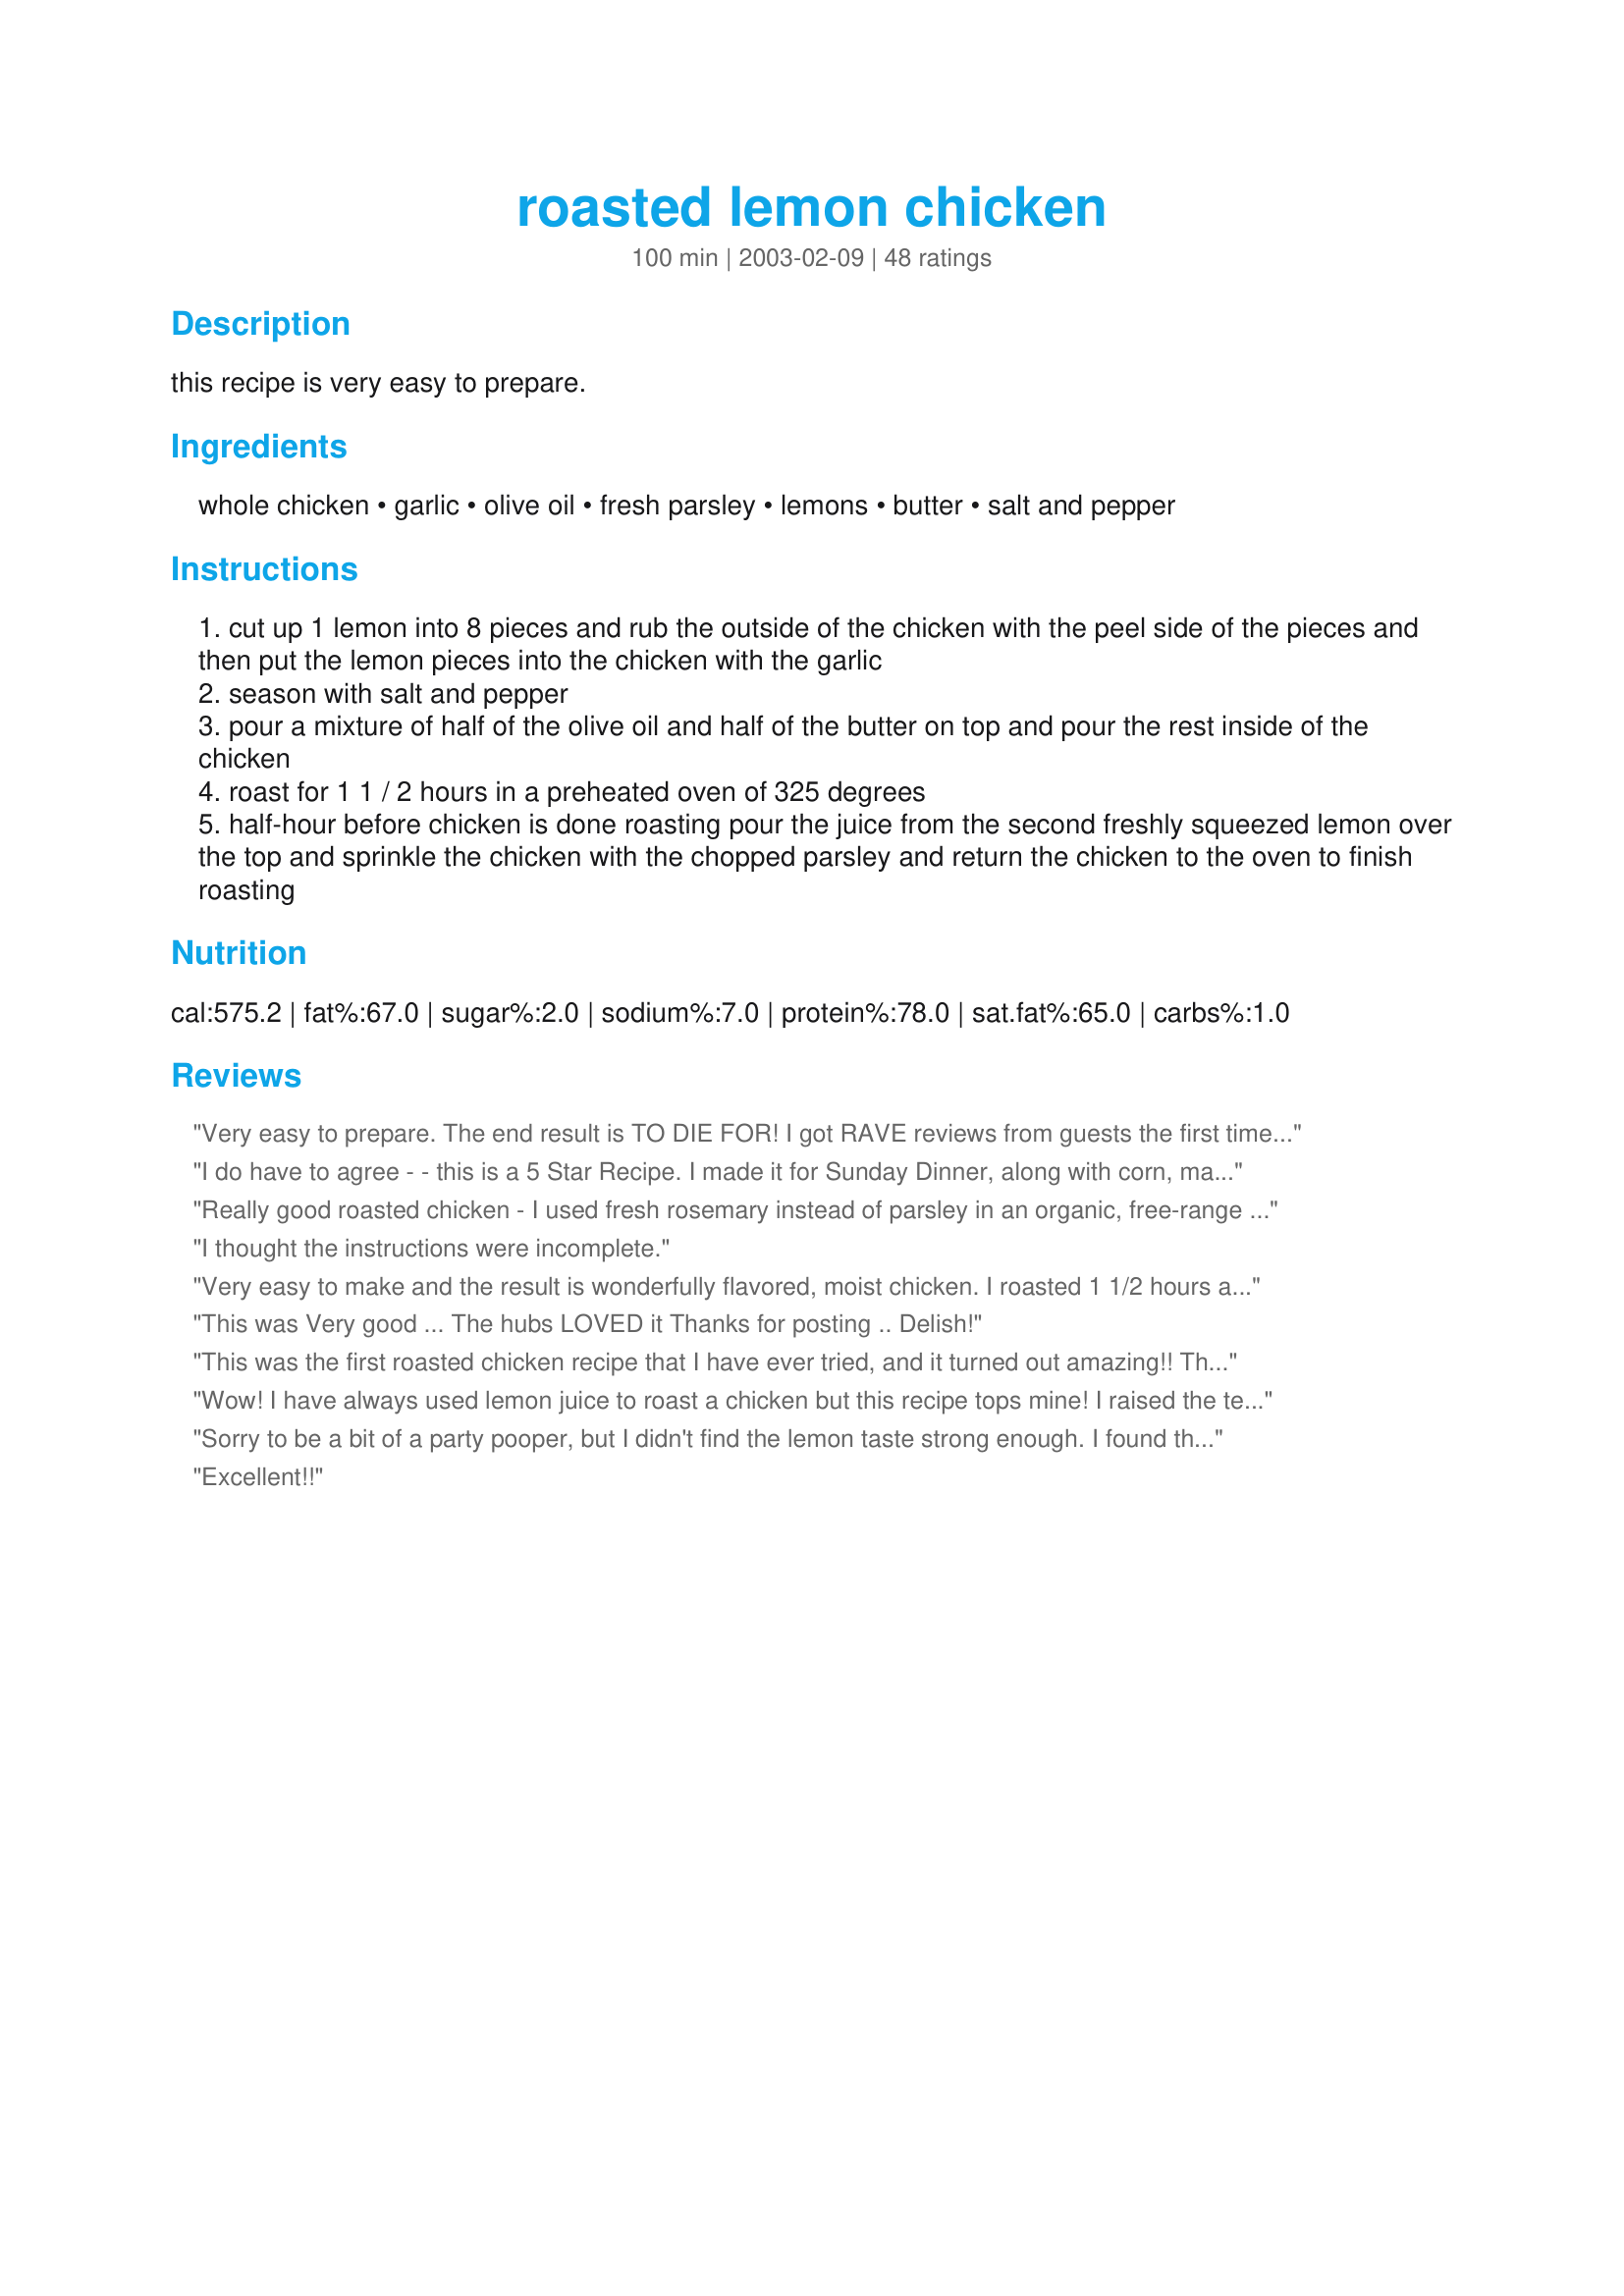
roasted lemon chicken
Preparation time: 100 minutes

this recipe is very easy to prepare.

Ingredients:
whole chicken, garlic, olive oil, fresh parsley, lemons, butter, salt and pepper

Steps:
cut up 1 lemon into 8 pieces and rub the outside of the chicken with the peel side of the pieces and then put the lemon pieces into the chicken with the garlic
season with salt and pepper
pour a mixture of half of the olive oil and half of the butter on top and pour the rest inside of the chicken
roast for 1 1 / 2 hours in a preheated oven of 325 degrees
half-hour before chicken is done roasting pour the juice from the second freshly squeezed lemon over the top and sprinkle the chicken with the chopped parsley and return the chicken to the oven to finish roasting

Reviews:
Very easy to prepare. The end result is TO DIE FOR! I got RAVE reviews from guests the first time I prepared this dish! This is to be a new favorite in my home! Thank you for sharing!
I do have to agree - - this is a 5 Star Recipe. I made it for Sunday Dinner, along with corn, mashed potatoes and gravy, which I used the drippings for the chicken. A hit with the whole family.
Really good roasted chicken - I used fresh rosemary instead of parsley in an organic, free-range chicken. I tucked the rosemary, butter and lemon under the skin as well as in the cavity - yums!
I thought the instructions were incomplete.
Very easy to make and the result is wonderfully flavored, moist chicken. I roasted 1 1/2 hours at 350º and it came out perfect. There were no leftovers :) I made as posted and wouldn't hesitate to make for company. Thanks for posting!
This was Very good ... The hubs LOVED it
Thanks for posting .. Delish!
This was the first roasted chicken recipe that I have ever tried, and it turned out amazing!! The flavors go so well together!!! We will be making this again over the holidays. Thanks for the great recipe!
Wow! I have always used lemon juice to roast a chicken but this recipe tops mine! I raised the temp of oven to 350*.We are high altitude and I also sprinkled paprika on the bird before cooking the last 1/2 hour. I didn't have chopped parsley. I used white pepper! This is a keeper!
Sorry to be a bit of a party pooper, but I didn't find the lemon taste strong enough. I found this recipe to be a bit of a disappointment.
Excellent!!
Oh yum! I love lemon pepper chicken! The skin is fantastic, I always use a meat thermometer and cook chicken until just done and not over. This is a definate keeper for roasted lemon pepper chicken! I think I will saute some garlic in the oil and butter to slather on top, yum! Thanks for a good recipe.
what more can i say then AMAZING!! and that it is with some things i added that i HIGHLY recommend...have the chicken cut up, and add some peprika and cut up russle potatoes. I also added more garlic (im a gaarlic LOVER!!!) the only change i made was instead of 1 1/2 hrs just an hour and instead of 325, 350. ENJOY
Another first time chicken roaster here and this was a beautifully simple recipe that my whole family loved. What an economical way to have a nice meal. I picked the extra meat off the bone and now have enough meat for another meal. Thank you!
This was simply wunnerful!!! Very easy to make! I pretty much stuck to mommyof2's recipe, except I put the salt and olive oil, leftover butter into the chicken cavity before I put the lemons there. I also used Kosher salt, cuz that's what I had on hand.

Baked at 350 for almost two hours in my Pampered Chef clay roaster set. (I'm in high altitude, so had to adjust.) It was so moist, just enough lemon to set a good taste. Thanks for sharing the recipe. A keeper in our home for sure!!! :-) -Monie
Excellent chicken recipe. I had to cook my chicken longer. This was very juicy and tasteful. Wonderful recipe.
This chicken came out awsome! Although, I used chicken peices, legs and thighs, which made the cooking time decrease; it tasted great and was easy to cook! Thanks
I guess I'm becoming a fuss-budget. That chicken looks like it has paprika or something similar sprinkled on it. Nothing about that in the recipe...
I made this chicken with recipe #26389 and recipe #228720. My meal was perfect, I did add a little paprika on the top of the chicken. Great recipe.
Very Good, and easy to make! Thanks
Wonderful! We all loved this chicken recipe. It was a change from our usual way I make chicken. The lemon flavor isn't that strong and that was perfect with us. I really was hoping for a very light lemon flavor and that what I got! This was very easy to put together, thanks for posting this one!
YUM! I made this according to the directions but used a little less butter and garlic and it was ausome! I didn't know if you the so I just smashed the cloves to get the peels off and stuck them in whole. It was juicy and yummy. I made garlic mashed potatoes to go with it.
Thank you my family loved it!

Awesome chicken! Cooks perfectly, cripsy on the outside and moist inside. I love that it takes no advance prep and is made from ingredients always on hand. Easy and beautiful. I'll definitely make this again. Thanks for sharing the recipe!
This photo is not a whole chicken as the recipe calls for. It is a spatchcock chicken and it has paprika or the like on it. This photo has nothing to do with this recipe.
Made this for dinner tonight and I just had to come write a review. Not only is it easy, but the flavor of the chicken is great too. My DH liked the garlic in the chicken and my picky kid asked for a second helping. Thanks so much.
Perfect- and easy. Your directions were right on. Love this chicken!!!
I have to say THANK YOU! Really great and worth it. My husband said it was the best chicken I'd made in a long time (kinda a backhanded compliment) and my kids who usually need mayo or catsup for their chicken, went without. I did use the old trick of cooking the chickens on their backs for the first half of the cooking time and then flipping the breast up for the rest -- it always makes fowl that much juicier for me.
I have made this twice now in the past week. It's quick and easy and the flavour is outstanding! The pan juices make a wonderful gravy with a bit of a citrus tang to it. The second time I made this was for Easter Dinner. We had a 10 pound chicken so had to adjust amounts and times. We also had to cook it on the BBQ. We placed quartered potatoes on the bottom of the pan to prevent the chicken from sticking to the pan or burning. It cooked about 4 hours on the BBQ. The starch from the potatoes had thickened the pan juices into a gravy. Everyone raved about both the bird and the resulting gravy. Thanks mommyof2. I will be making this again very soon!
This Roasted chicken was absolutely delicious!!! I had a chicken that was close to 5 lbs. so cooked for two hours. The lemon made the chicken so tender and flavorful. This is my new way of making Roasted Chicken.....Thanks mommyof 3
Excellent and so moist. I did two 3lb chickens and used the leftover meat and juices in a chicken pot pie the next day.
MOMMYOF2, this was the best lemon chicken i have taste, i'm a mother of 5 and my chicken and fiance love this chicken, i will defintely make it again.
One word--wow!!
Wonderful Lemon Chicken! I used a 7 pound chicken and adjusted the cooking time appropriately. Even with the larger chicken, I used the amounts given for the remainder of the ingredients. I will use only one lemon next time, as I believe this will be plenty lemon flavor for us. Thanks so much, mommyof 3!
This was sooooo very good and easy. I accedently used 3 lemons (i cut up two lemons and stuffed them in the chicken instead of one leaving with no othr choice but to use an extra lemon for the juice ) but it still turned out amazing acutaly i think i will use three again next time. And i used the juice from the chicken to make a gravy......... IT was scrumtous. This is my new comfort food!!!
Easy, tender and great flavor. I thickened the drippings with some butter and corn starch and it made a nice flavor gravy
If I could give it more stars I would, even my son the picky eater loved it! Very moist, great taste and easy. Could not find a 3 pd chicken so I just followed the roasting directions in my cookbook. Incredble :)
Made it for supper tonight and it was great, loved the lemon flavour. As suggested on a television cooking show, I started cooking the chicken at 440 degrees for the first 20 minutes then brought the temperature down to 350 and cooked it for the remaining time, uncovering the chicken for the last 10 minutes. As we had leftover mashed potatoes from our Canadian Thanksgiving I wasn't able to roast potatoes with this meal but will next time for sure. Thanks for the recipe.
Amazing!
I doubled the recipe so we'd have leftovers. Was good but some of it was too lemony and mom-in-law didn't oooo and ahhhhh like I was hoping. Maybe because it was a little over-cooked since the chickens were over 3 lbs. and I overcompensated on the cooking time. I don't think she liked all the lemon either. I also used rosemary along with the parsley, probably won't use rosemary next time. However, we enjoyed the leftovers and will probably use the recipe again but cut down on the lemon. Was juicy and the kids liked it!
This was delicious. It tasted like real lemons (instead of shaker bottle lemon) and was enjoyed by all of us. It was very easy and my chicken took about 2 hours on 350F to cook but was moist and flavorful.
I'm sorry to be critical since there are so many 5 star reviews. I followed recipe as written and found it sort of bland.
This was absolutely amazing and so quick and easy to make. We've had it a few times now and consider it one of our favorites! Thanks so much for posting your recipe!
WOW! I have never cooked a whole chicken before. And this was GREAT! Very tender. Just the two of us so we threw the leftovers in some soup.. Fantastic! Had to use minced garlic the second time and it was equally delightful! Thanks a ton.
My dear husband loved this chicken. The taste of lemon was light and refreshing. Thanks so much!
This was great and easy!!!
This chicken is excellent. I have been making a Roasted chicken of some kind every Sabbath for the last few months (because I am teaching my sons to cook) we have made many lemon flavored chickens and this one is THE BEST. Made it as stated except an additional tablespoon each of butter and olive oil so we could also put some between the skin and breast and my chicken was much larger so we cooked it on 400° for the first hour and turned the temperature down to 350° to finish cooking. Thanks for the great recipe.
Oh, it also browned beautifully! Looked like it should be in a magazine. :)
This was the first whole bird I've ever done, and boy did it come out good! I did use sea salt rather than table salt. And, halfway through baking, I filled the bottom of the pan with quartered russet potatoes, tilted the pan to collect some of the juices, and then poured the juices over the potatoes and put it back in the oven. Those had to be the best roasted potatoes I've ever had, too!
This was possibly the best chicken my wife and I have ever tasted!!...what a great recipe...our taste buds thank you!!!
I made this last night for supper club. I had two chickens, but only had 3 lemons, and 1 head of garlic, so I had to improvise. I used dried chopped garlic from penzey's inside one of the chickens instead of whole garlic cloves. Then, I put both chickens in my turkey roaster (covered) and put it in the oven at 450 for 20 minutes. I then lowered temp to 335 for an hour. Pulled off lid, Poured juice of one lemon and 3/4 chardonney over the top, then a couples pats of butter.

cooked for another 15 minutes. Pulled chickens out of pan... leaving some yummy panjuices. So I sauted fennel and asparagus in the juices. AWESOME! What an incredible meal!
